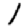
Digit: 1